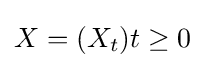
X=(X_{t}){t\geq 0}